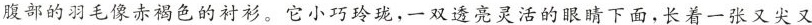
腹部的羽毛像赤褐色的衬衫。它小巧玲珑，一双透亮灵活的眼睛下面，长着一张又尖又